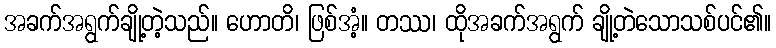
အခက်အရွက်ချို့တဲ့သည်။ ဟောတိ၊ ဖြစ်အံ့။ တဿ၊ ထိုအခက်အရွက် ချို့တဲသောသစ်ပင်၏။